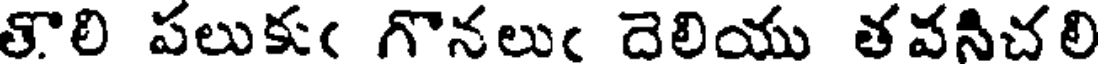
తొలి పలుకుఁ గొనలుఁ దెలియు తవనిచలి